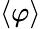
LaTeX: \langle\varphi\rangle